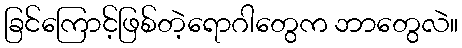
ခြင်ကြောင့်ဖြစ်တဲ့ရောဂါတွေက ဘာတွေလဲ။